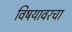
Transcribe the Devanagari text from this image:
विषयावरचा